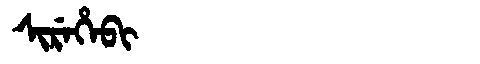
Manchu: ᠰᡳᡵᡝᡥᡝᠪᡳ
Romanization: SIREHEBI